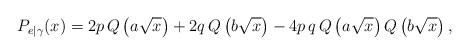
LaTeX: \begin{align*} P_{e|\gamma}(x)&=2p\,Q\left(a\sqrt{x}\right)+2q\,Q\left(b\sqrt{x}\right)-4p\,q\,Q\left(a\sqrt{x}\right) Q\left(b\sqrt{x}\right),\end{align*}